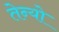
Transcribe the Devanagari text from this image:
तेन्यो